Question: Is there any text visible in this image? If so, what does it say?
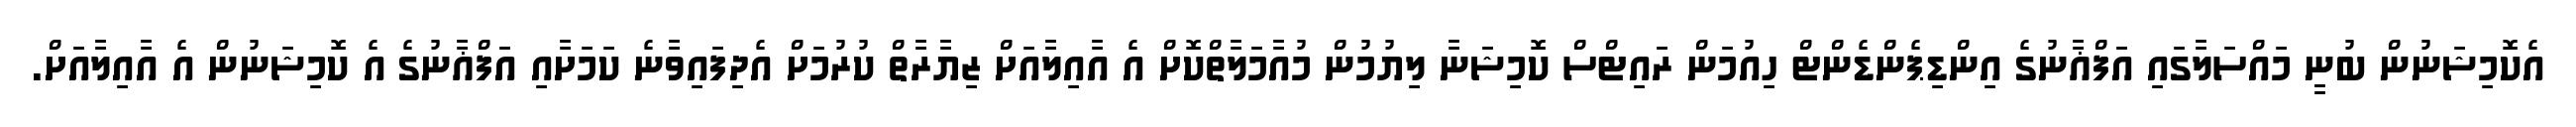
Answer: އެކޮމިޝަނުން ބުނީ މައްސަލާގައި އަފްޣާނުގެ އިންޑިޕެންޑެންޓް ހިއުމަން ރައިޓްސް ކޮމިޝަނާ ލިޔުމުން މުއާމަލާތްކޮށް އެ އާއިލާއަށް ޒިޔާރާތް ކުރުމަށް އެދިފައިވާނެ ކަމަށާއި އަފްޣާނުގެ އެ ކޮމިޝަނުން އެ އާއިލާއަށް.